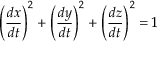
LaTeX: \left( { \frac { d x } { d t } } \right) ^ { 2 } + \left( { \frac { d y } { d t } } \right) ^ { 2 } + \left( { \frac { d z } { d t } } \right) ^ { 2 } = 1